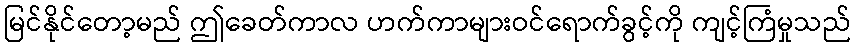
မြင်နိုင်တော့မည် ဤခေတ်ကာလ ဟက်ကာများဝင်ရောက်ခွင့်ကို ကျင့်ကြံမှုသည်